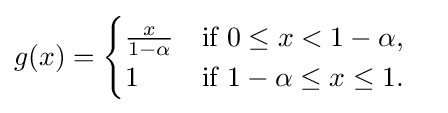
g(x)={\begin{cases}{\frac {x}{1-\alpha }}&{\text{if }}0\leq x<1-\alpha ,\\1&{\text{if }}1-\alpha \leq x\leq 1.\end{cases}}\quad